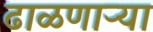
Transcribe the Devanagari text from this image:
ढाळणाऱ्या